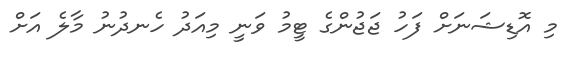
މި އޮޑިޝަނަށް ފަހު ޖަޖުންގެ ޓީމު ވަނީ މިއަދު ހެނދުނު މާލެ އަށް